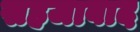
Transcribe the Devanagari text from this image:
सहजाबाद